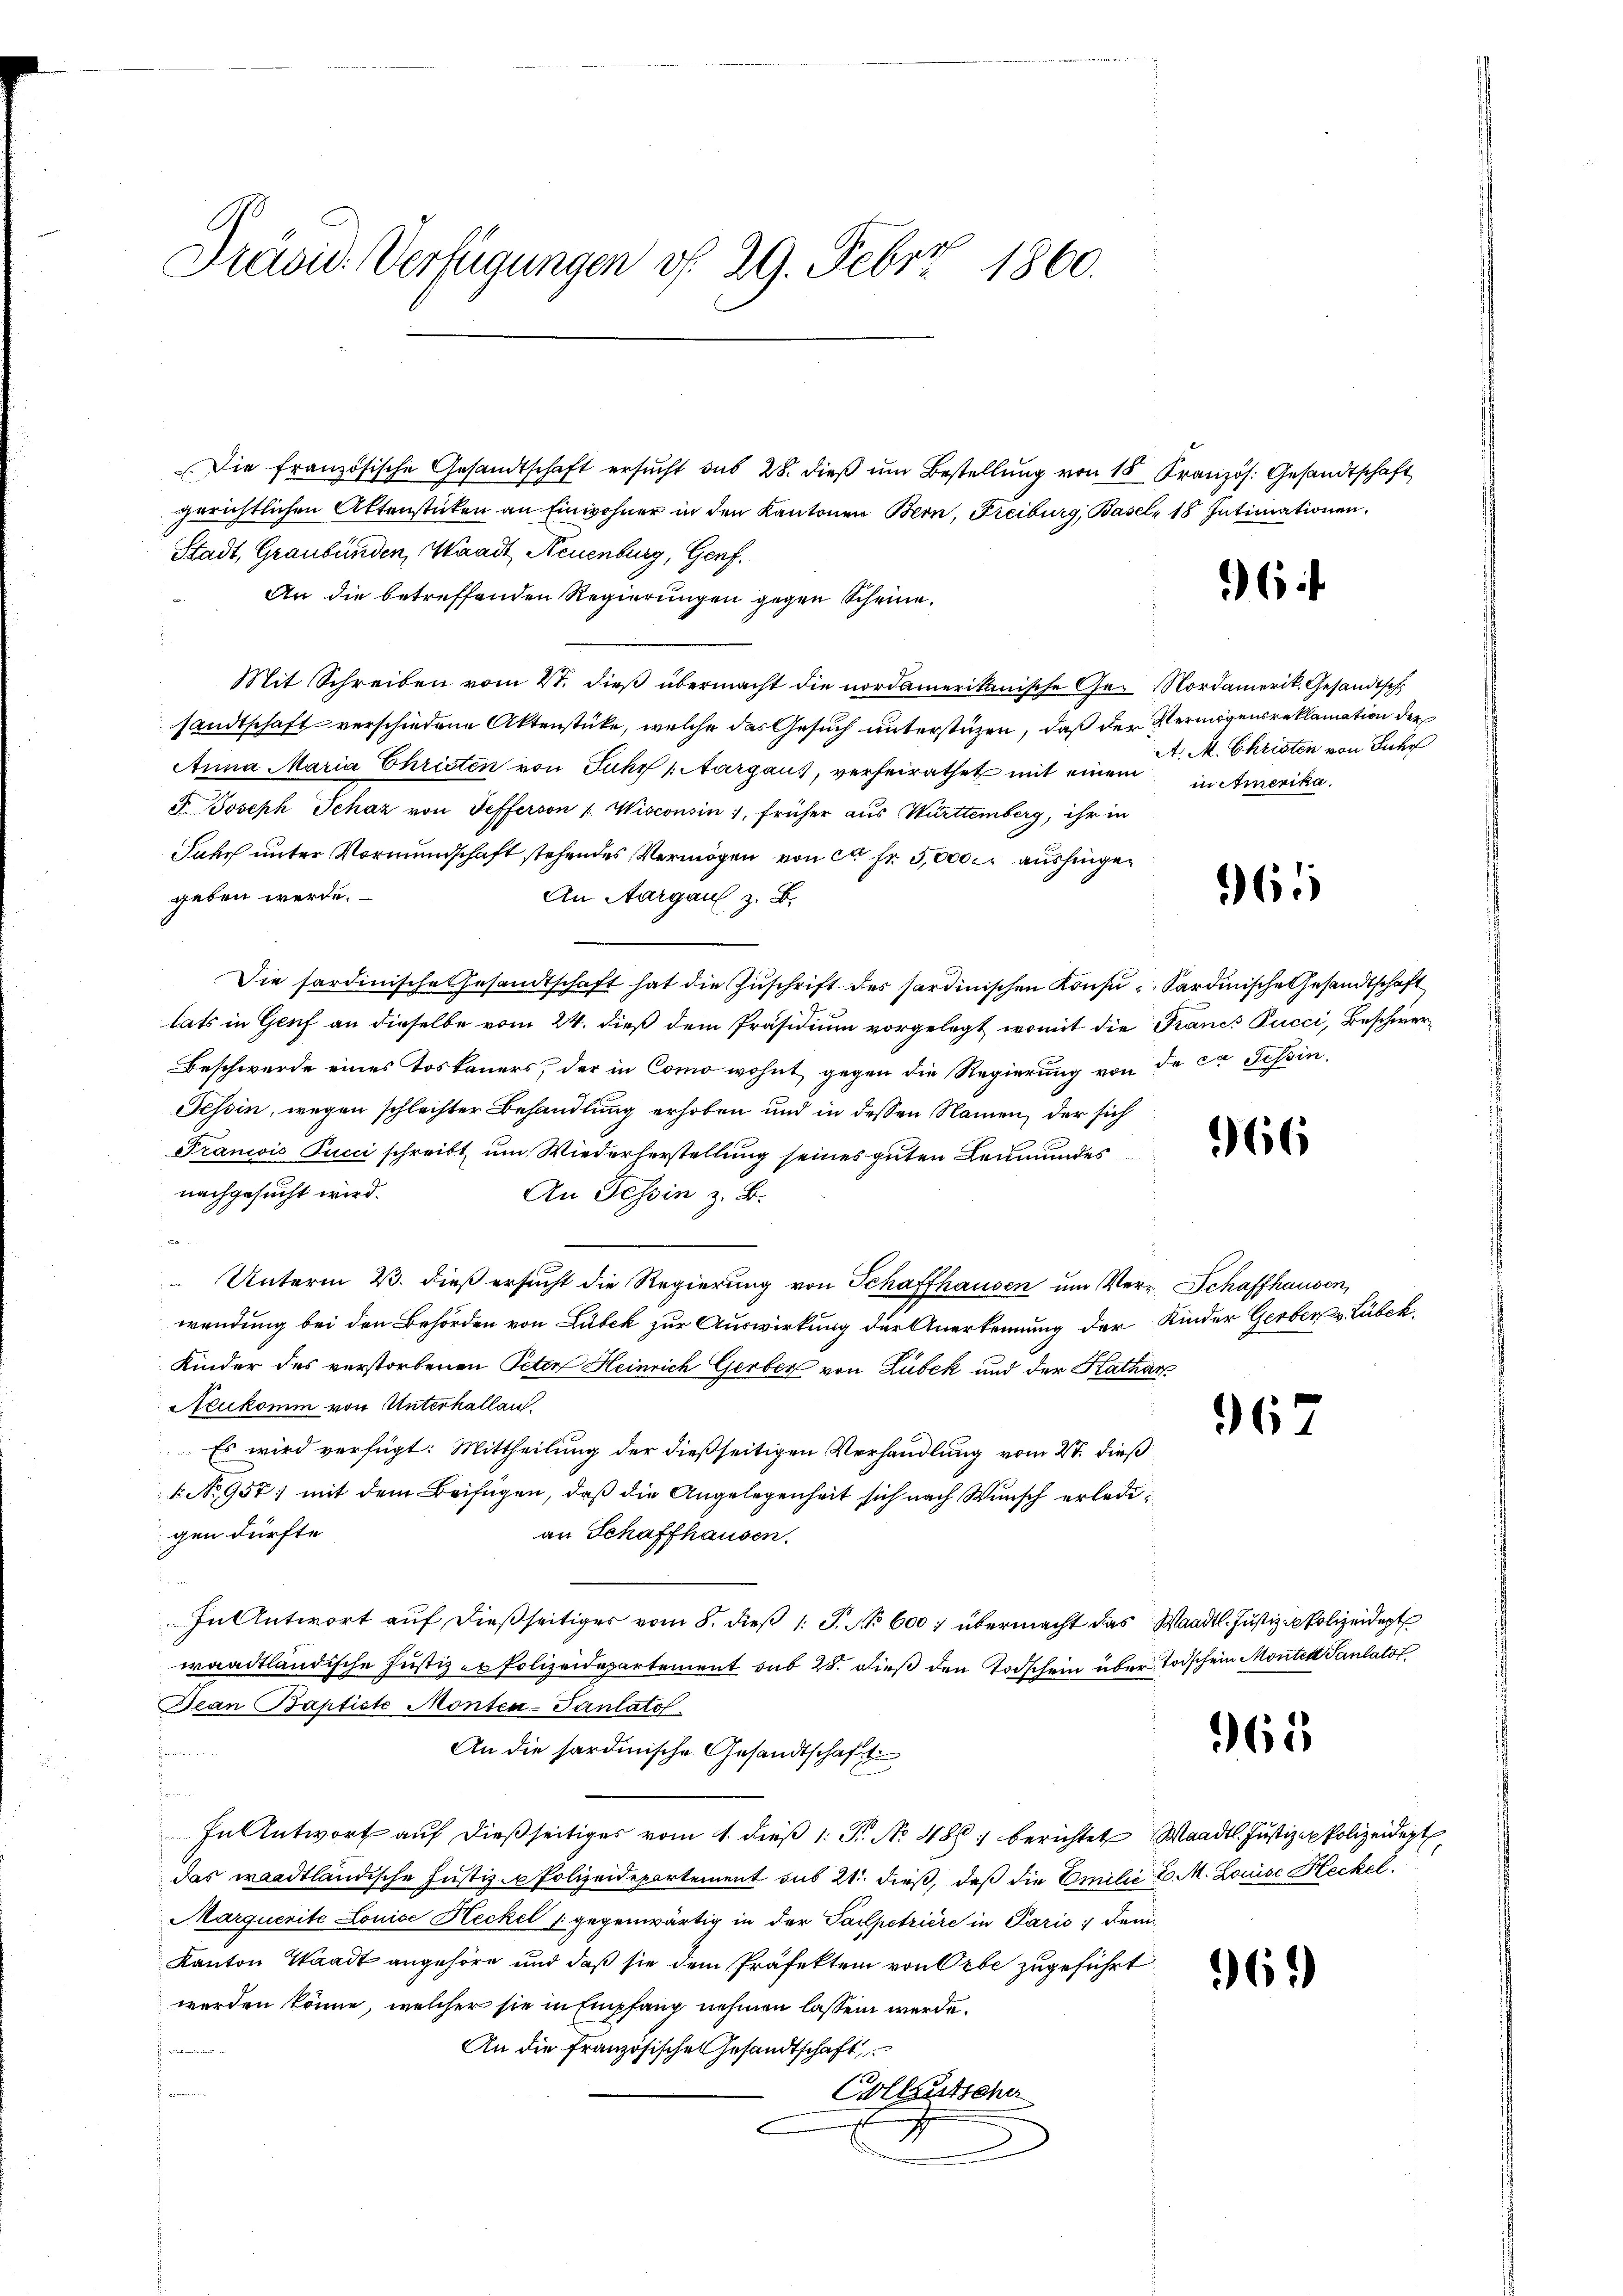
2
Präsid. Verfügungen v. 29. Febr. 1860.

Die französische Gesandtschaft ersŭcht sub 28. dieβ ŭm Bestellŭng von 15 Französ. Gesandtschaft
gerichtlichen Aktenstücken an Einwohner in den Kantonen Bern, Freiburg, Basel, 18 Intimationen.
Stadt, Graubünden, Waadt, Neuenburg, Genf.
An die betreffenden Regierungen gegen Scheine.
Mit Schreiben vom Vt. dieß übermacht die nordamerikanische Ge- Nordamerik. Gesandtsch
sandtschaft verschiedene Aktenstücke, welche das Gesuch unterstüzen, daß der Vermögensreklamation der
Anna Maria Christen von Fuhr (Aargaus, verheirathet mit einem in Amerika¬
5. Joseph Schaz von Sefferson "Wisconsin), früher aus Württemberg, ihr in
Jahr unter Vormundschaft stehendes Vermögen von ca Fr. 5000 er aushingen
geben werde.
An Aargau z. B.
Die sardinische Gesandtschaft hat die Zŭschrift des Sardinischen Konsŭ- Sardinische Gesandtschaft
lats in Genf an dieselbe vom 24. dieß dem Präsidium vorgelegt, womit die Francs Pucci, Beschwer¬
Beschwerde eines Toskauers, der in Como wohnt gegen die Regierung von de ce Tessin,
Tessin, wegen schlechter Behandlung erhoben und in dessen Namen, der sich
Francois Pucci schreibt, um Wiederherstellung seines guten Leumundes
nachgesucht wird.
An Tessin z. B.
Ba
 Unterm 23. dieß ersucht die Regierung von Schaffhausen um Ver- Schaffhausen,
wendung bei den Behörden von Lübeck zur Auswirkung der Anerkennung der Kinder Gerber v. Lübeck.
Kinder des verstorbenen Peter Heinrich Gerber von Lübek und der Kathar
Neukomm von Unterhallen.
Es wird verfügt: Mittheilung der dießseitigen Verhandlung vom 27. dieß
1 No 957) mit dem Beifügen, daß die Angelegenheit sich nach Wunsch erledigen dürfte.
an Schaffhausen.
In Antwort aŭf dießseitiger vom 8. dieβ 1 S. No 600 übermacht das Waadt- Justiz - Polizeidept
waadtländische Justiz er Polizeidepartement sub 28. dieß den Todschein über Todschein Monten Paulatot
Dean Baptiste Monten-Pantato
 vi sic
An die sardinische Gesandtschaft
n
In Antwort auf dießseitiges vom 1. dieß 1: Fr. No. 486. berichtet Waadt. Justiz-Polizeidet
das waadtländische Justiz - Polizeidepartement sub 21. dieß, daß die Emilie E. M. Louise Heckel.
Marquerite Louise Heckel /: gegenwärtig in der Talpetriere in Paris :/ dem¬
Kanton Waadt angehöre und daß sie dem Präfekten von Orbe zugeführt
werden könne, welcher sie in Empfang nehmen lassen werde.
An die französischen Gesandtschaft
 assier
x
Volleutscher
.

6

A. M. Christen von Fuhr

365

966

967

965

969